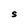
Character: S